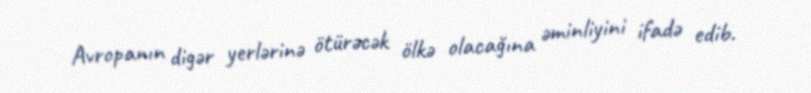
Avropanın digər yerlərinə ötürəcək ölkə olacağına əminliyini ifadə edib.